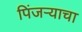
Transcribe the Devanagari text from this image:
पिंजऱ्याचा